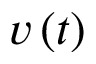
v \left( t \right)